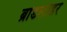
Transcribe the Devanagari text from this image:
ब्रांडलीडर